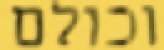
וכולם